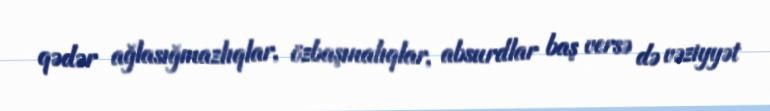
qədər ağlasığmazlıqlar, özbaşınalıqlar, absurdlar baş versə də vəziyyət